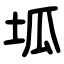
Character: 坬